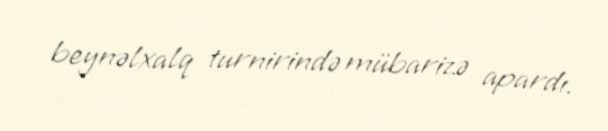
beynəlxalq turnirində mübarizə apardı.